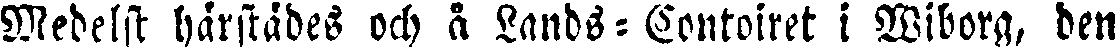
Medelst härstades och å Lands-Contoiret i Wiborg, den